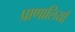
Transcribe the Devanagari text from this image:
प्राणालियाँ